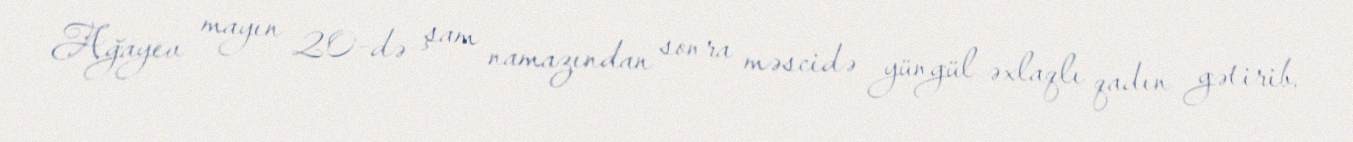
Ağayev mayın 20-də şam namazından sonra məscidə yüngül əxlaqlı qadın gətirib.